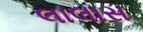
લાલાસ